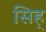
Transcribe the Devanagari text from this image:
सिह्